Civil Veterinary Department. Central Provinces & Berar 1932-41 - 1932-1941
Year: 1932
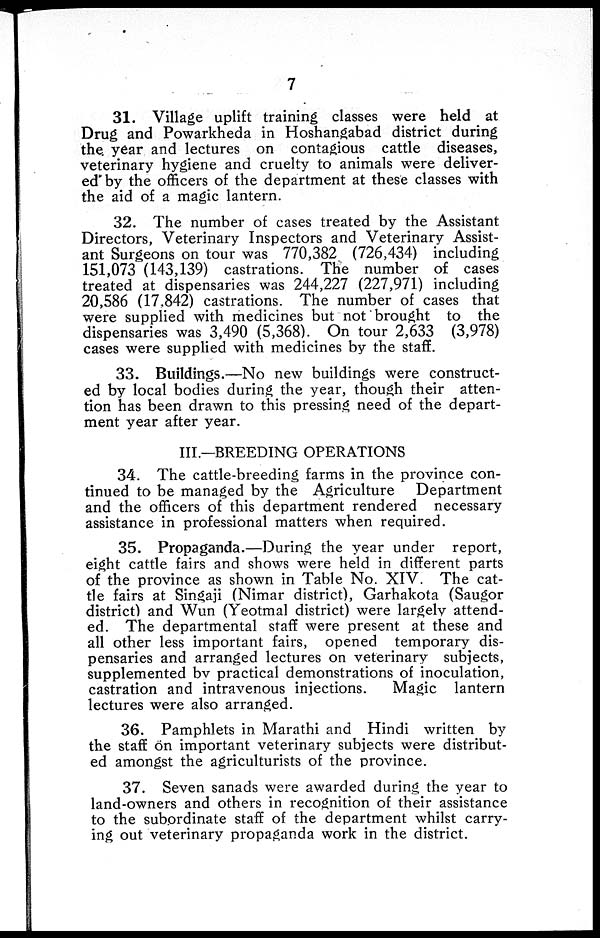
7
31. Village uplift training classes were held at
Drug and Powarkheda in Hoshangabad district during
the year and lectures on contagious cattle diseases,
veterinary hygiene and cruelty to animals were deliver-
ed by the officers of the department at these classes with
the aid of a magic lantern.
32. The number of cases treated by the Assistant
Directors, Veterinary Inspectors and Veterinary Assist-
ant Surgeons on tour was 770,382 (726,434) including
151,073 (143,139) castrations. The number of cases
treated at dispensaries was 244,227 (227,971) including
20,586 (17,842) castrations. The number of cases that
were supplied with medicines but not brought to the
dispensaries was 3,490 (5,368). On tour 2,633 (3,978)
cases were supplied with medicines by the staff.
33. Buildings.—No new buildings were construct-
ed by local bodies during the year, though their atten-
tion has been drawn to this pressing need of the depart-
ment year after year.
III.—BREEDING OPERATIONS
34. The cattle-breeding farms in the province con-
tinued to be managed by the Agriculture
Department
and the officers of this department rendered necessary
assistance in professional matters when required.
35. Propaganda.—During the year under report,
eight cattle fairs and shows were held in different parts
of the province as shown in Table No. XIV. The cat-
tle fairs at Singaji (Nimar district), Garhakota (Saugor
district) and Wun (Yeotmal district) were largely attend-
ed. The departmental staff were present at these and
all other less important fairs, opened temporary dis-
pensaries and arranged lectures on veterinary subjects,
supplemented by practical demonstrations of inoculation,
castration and intravenous injections.
Magic lantern
lectures were also arranged.
36. Pamphlets in Marathi and Hindi written by
the staff on important veterinary subjects were distribut-
ed amongst the agriculturists of the province.
37. Seven sanads were awarded during the year to
land-owners and others in recognition of their assistance
to the subordinate staff of the department whilst carry-
ing out veterinary propaganda work in the district.